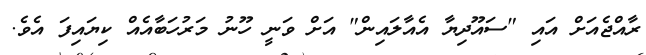
ރާއްޖެއަށް އައި "ސައޫދިޔާ އެއާލައިން" އަށް ވަނީ ހޫނު މަރުހަބާއެއް ކިޔައިފަ އެވެ.